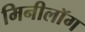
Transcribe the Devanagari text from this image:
मिनीलॉग